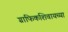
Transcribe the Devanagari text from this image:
ग्राफिकशिवायच्या